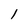
Character: 1